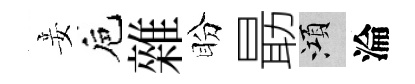
妾巵雜盼朂澒淪